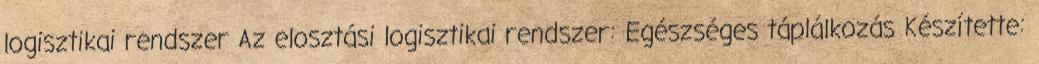
logisztikai rendszer Az elosztási logisztikai rendszer: Egészséges táplálkozás Készítette: